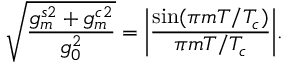
\sqrt { \frac { g _ { m } ^ { s 2 } + g _ { m } ^ { c 2 } } { g _ { 0 } ^ { 2 } } } = \bigg | \frac { \mathrm { s i n } ( \pi m T / T _ { c } ) } { \pi m T / T _ { c } } \bigg | .